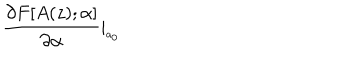
LaTeX: \frac { \partial F [ A ( z ) ; \alpha ] } { \partial \alpha } \mid _ { _ { a _ { 0 } } }